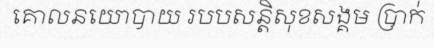
គោលនយោបាយ របបសន្តិសុខសង្គម ប្រាក់